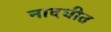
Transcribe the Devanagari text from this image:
नादधीत